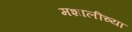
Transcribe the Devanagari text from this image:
मशालींच्या